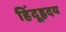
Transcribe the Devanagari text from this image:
हिंदूहृदय